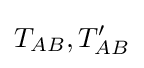
T_{AB},T_{AB}^{\prime }